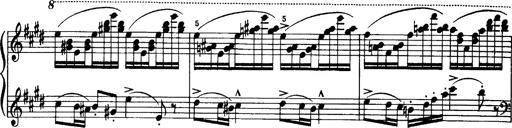
Title: OuvertÃ¼re zu TannhÃ¤user
Composer: Franz Liszt